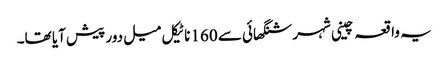
یہ واقعہ چینی شہر شنگھائی سے 160 ناٹیکل میل دور پیش آیا تھا۔